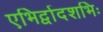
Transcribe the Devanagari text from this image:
एभिर्द्वादशभिः